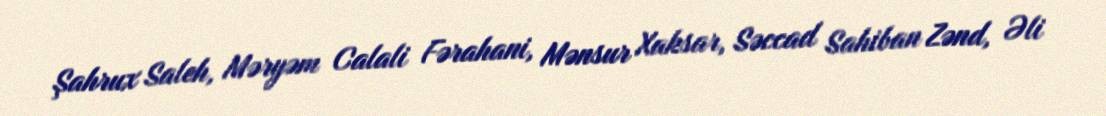
Şahrux Saleh, Məryəm Calali Fərahani, Mənsur Xaksar, Səccad Sahiban Zənd, Əli